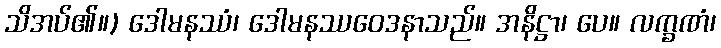
သိအပ်၏။) ဒေါမနဿံ၊ ဒေါမနဿဝေဒနာသည်။ အနိဋ္ဌာ၊ ပေ။ လက္ခဏံ၊